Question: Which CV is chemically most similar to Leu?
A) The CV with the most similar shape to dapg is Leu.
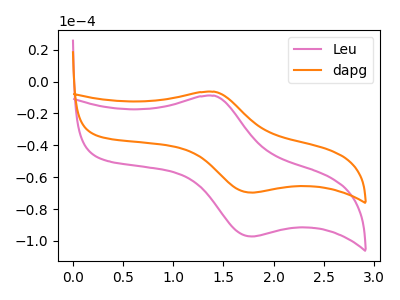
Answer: <think>The pink curve "Leu" has an anodic peak at (1.40V, -8.90uA) and a cathodic peak at (1.80V, -97.20uA). The orange curve "dapg" has an anodic peak at (1.40V, -6.35uA) and a cathodic peak at (1.80V, -69.65uA).
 All the peaks in "Leu" have a peak in "dapg" at the same potential.</think>
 <answer>A) The CV with the most similar shape to "dapg" is "Leu".</answer>
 <eval>A</eval>